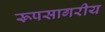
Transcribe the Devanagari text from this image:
रूपसागरीय